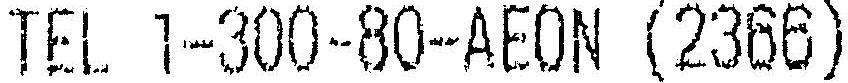
TEL 1-300-80-AEON (2366)